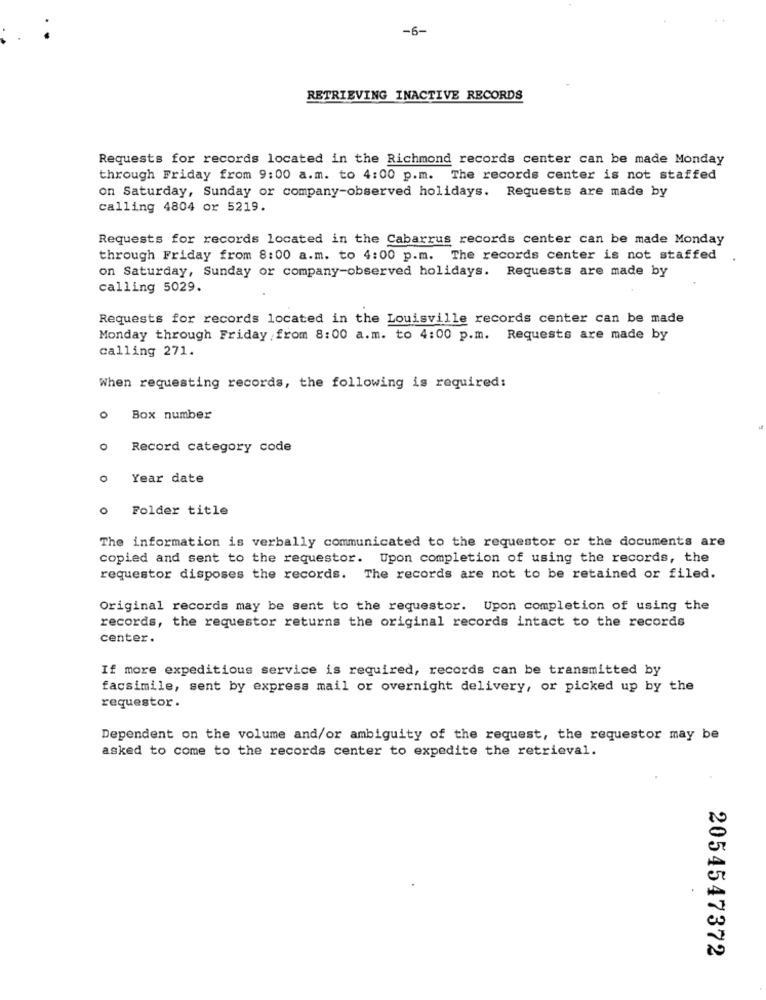
..
-6-
RETRIEVING INACTIVE RECORDS
Requests for records located in the Richmond records center can be made Monday
through Friday from 9:00 a.m. to 4:00 p.m. The records center is not staffed
on Saturday, Sunday or company-observed holidays. Requests are made by
calling 4804 or 5219.
Requests for records located in the Cabarrus records center can be made Monday
through Friday from 8:00 a.m. to 4:00 p.m. The records center is not staffed
on Saturday, Sunday or company-observed holidays. Requests are made by
calling 5029.
Requests for records located in the Louisville records center can be made
Monday through Friday from 8:00 a.m. to 4:00 p.m. Requests are made by
calling 271.
When requesting records, the following is required:
o Box number
o Record category code
o Year date
o Folder title
The information is verbally communicated to the requestor or the documents are
copied and sent to the requestor. Upon completion of using the records, the
requestor disposes the records. The records are not to be retained or filed.
Original records may be sent to the requestor. Upon completion of using the
records, the requestor returns the original records intact to the records
center.
If more expeditious service is required, records can be transmitted by
facsimile, sent by express mail or overnight delivery, or picked up by the
requestor .
Dependent on the volume and/or ambiguity of the request, the requestor may be
asked to come to the records center to expedite the retrieval.
2054547372